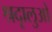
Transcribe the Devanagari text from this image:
श्रदृालुओ